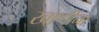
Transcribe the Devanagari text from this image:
खाणींना